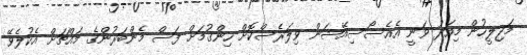
މަޖިލީހުން މިއަދު ވަނީ އެއެސޯސިއޭޝަން ވިލަރެސްކޮށް ހިންގުމަށް ފަސް މެންބަރުންގެ މައްޗަށް އެކުލެވޭ